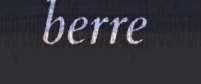
berre